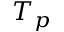
T _ { p }